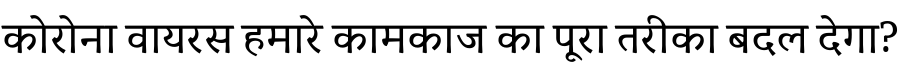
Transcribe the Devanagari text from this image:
कोरोना वायरस हमारे कामकाज का पूरा तरीका बदल देगा?